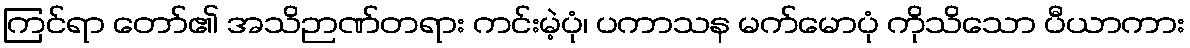
ကြင်ရာ တော်၏ အသိဉာဏ်တရား ကင်းမဲ့ပုံ၊ ပကာသန မက်မောပုံ ကိုသိသော ပီယာကား